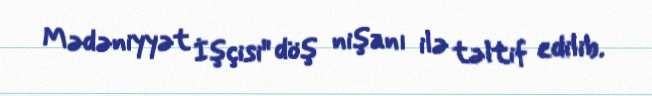
Mədəniyyət İşçisi" döş nişanı ilə təltif edilib.